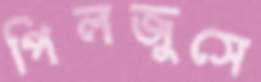
পিলজুসে